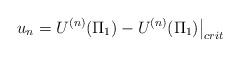
LaTeX: \begin{align*}\left.u_n = U^{(n)}(\Pi_1) - U^{(n)}(\Pi_1)\right|_{crit}\end{align*}